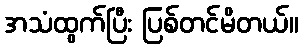
အသံထွက်ပြီး ပြစ်တင်မိတယ်။